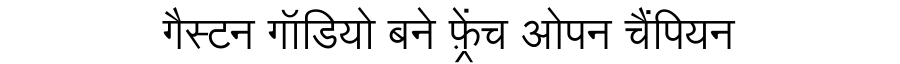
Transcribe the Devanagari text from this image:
गैस्टन गॉडियो बने फ़्रेंच ओपन चैंपियन